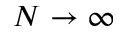
N \rightarrow \infty